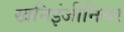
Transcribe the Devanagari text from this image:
खनिइंजीनियर